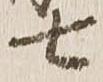
七